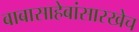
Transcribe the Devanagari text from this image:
बाबासाहेबांसारखेच